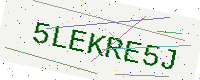
Text: 5LEKRE5J